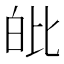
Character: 𤽊